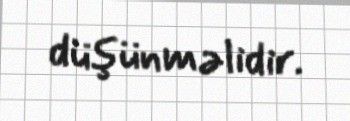
düşünməlidir.